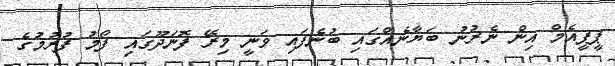
ޕީޕީއެމް އިން ނެރުނު ބަޔާނެއްގައި ބުނެފައި ވަނީ މިރޭ ފޮނަދޫގައި ފޯމު ފުރުމުގެ